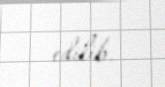
edilib.